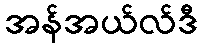
အန်အယ်လ်ဒီ